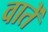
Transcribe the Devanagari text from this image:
वातें